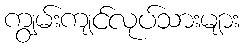
ကျွမ်းကျင်လုပ်သားများ